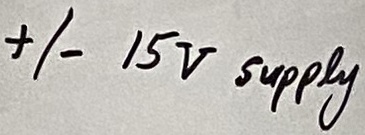
Text: +/- 15V supply